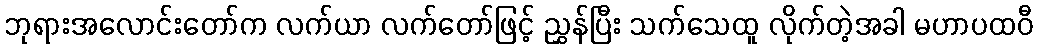
ဘုရားအလောင်းတော်က လက်ယာ လက်တော်ဖြင့် ညွှန်ပြီး သက်သေထူ လိုက်တဲ့အခါ မဟာပထဝီ